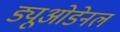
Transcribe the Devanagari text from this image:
ड्यूओडेनल